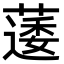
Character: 𮑌